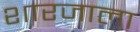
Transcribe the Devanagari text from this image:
शारजाला